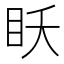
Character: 𰥔